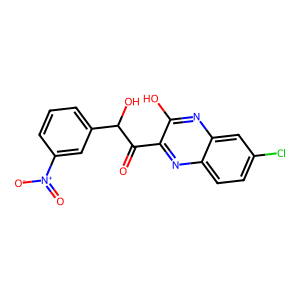
SMILES: O=C(c1nc2ccc(Cl)cc2nc1O)C(O)c1cccc([N+](=O)[O-])c1
Inhibits HIV replication: No